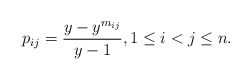
\begin{gather*} p_{ij}= {\frac{y- y^{m_{ij}}}{y-1}}, 1 \le i < j \le n. \end{gather*}